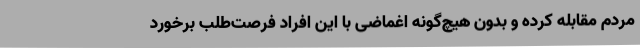
مردم مقابله کرده و بدون هیچ‌گونه اغماضی با این افراد فرصت‌طلب برخورد